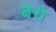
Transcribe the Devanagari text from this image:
बेरो